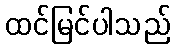
ထင်မြင်ပါသည်